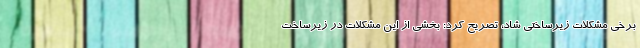
برخی مشکلات زیرساختی شاد، تصریح کرد: بخشی از این مشکلات در زیرساخت